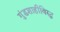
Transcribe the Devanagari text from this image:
गुंडशाहीविरुद्ध